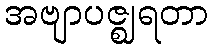
အဗျာပဇ္ဈရတာ